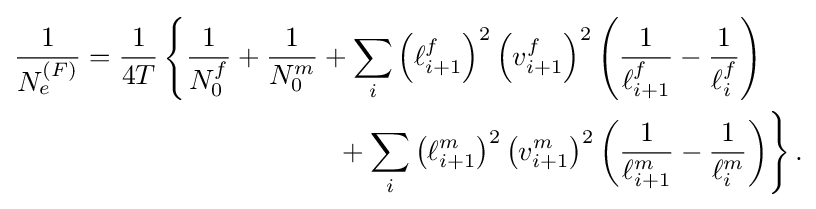
{\begin{aligned}{\frac {1}{N_{e}^{(F)}}}={\frac {1}{4T}}\left\{{\frac {1}{N_{0}^{f}}}+{\frac {1}{N_{0}^{m}}}+\sum _{i}\left(\ell _{i+1}^{f}\right)^{2}\left(v_{i+1}^{f}\right)^{2}\left({\frac {1}{\ell _{i+1}^{f}}}-{\frac {1}{\ell _{i}^{f}}}\right)\right.\,\,\,\,\,\,\,\,&\\\left.{}+\sum _{i}\left(\ell _{i+1}^{m}\right)^{2}\left(v_{i+1}^{m}\right)^{2}\left({\frac {1}{\ell _{i+1}^{m}}}-{\frac {1}{\ell _{i}^{m}}}\right)\right\}.&\end{aligned}}